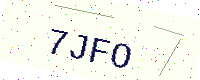
Text: 7JFO